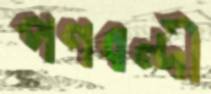
পণবন্দী